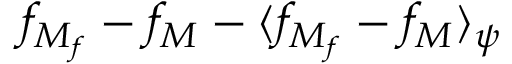
f _ { M _ { f } } - f _ { M } - \langle f _ { M _ { f } } - f _ { M } \rangle _ { \psi }